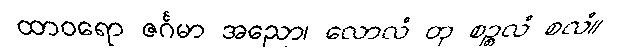
ထာဝရော ဇင်္ဂမာ အညော၊ လောလံ တု စဉ္စလံ စလံ။